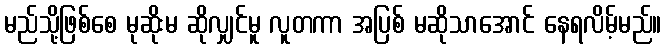
မည်သို့ဖြစ်စေ မုဆိုးမ ဆိုလျှင်မူ လူတကာ အပြစ် မဆိုသာအောင် နေရလိမ့်မည်။